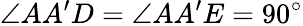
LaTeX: \angle AA^{\prime}D=\angle AA^{\prime}E=90^{\circ}